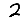
Digit: 2